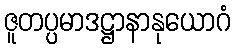
ဇူတပ္ပမာဒဋ္ဌာနာနုယောဂံ